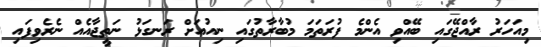
މިއަހަރު ރާއްޖޭގައި ބޭއްވި އެންމެ ފުރަތަމަ މުބާރާތުގައި ނިއުއަށް ރަނގަޅު ނަތީޖާއެއް ނެރެވިފައި